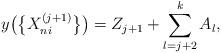
LaTeX: \begin{align*} y\big(\bigl\{X_{ni}^{(j+1)}\bigr\}\big)=Z_{j+1}+\sum_{l=j+2}^kA_l, \end{align*}